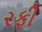
રફી